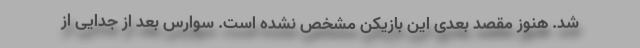
شد. هنوز مقصد بعدی این بازیکن مشخص نشده است. سوارس بعد از جدایی از